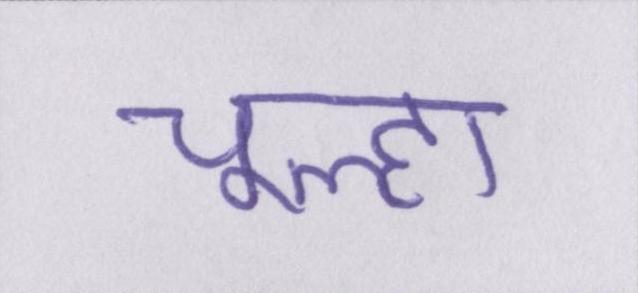
चूल्हा